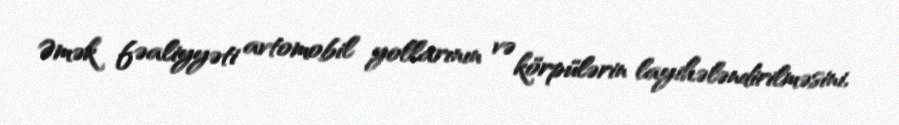
Əmək fəaliyyəti avtomobil yollarının və körpülərin layihələndirilməsini,